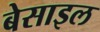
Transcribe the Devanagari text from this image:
बेसाइल